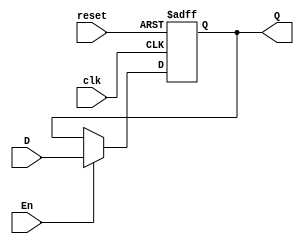
module flip_flop(input clk, reset,En, D, output reg Q);
  always @ (posedge clk or posedge reset)begin
    if (reset)
      Q <= 1'b0;
    else if (En)
      Q <= D;
  end
endmodule